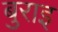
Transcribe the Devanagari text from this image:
बुराइ